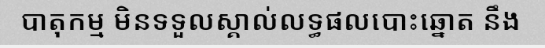
បាតុកម្ម មិនទទួលស្គាល់លទ្ធផលបោះឆ្នោត នឹង